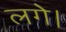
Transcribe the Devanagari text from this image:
लगे।